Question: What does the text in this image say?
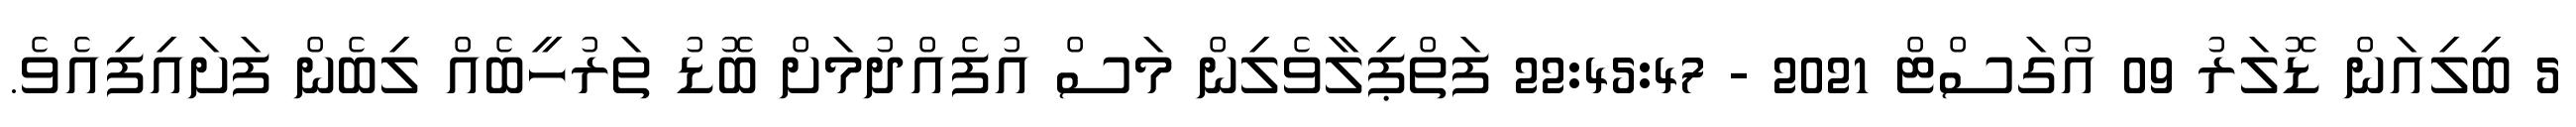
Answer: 5 ބިލިއަން ޑޮލަރު 09 އޯގަސްޓް 2021 - 22:45:47 ފަތްޕިލާވެލިން މަސް އުފެއްދުމަށް ބޮޑު ތަރުހީބެއް ލިބެން ފަށައިފިއެވެ.